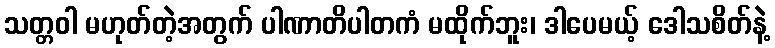
သတ္တဝါ မဟုတ်တဲ့အတွက် ပါဏာတိပါတကံ မထိုက်ဘူး၊ ဒါပေမယ့် ဒေါသစိတ်နဲ့